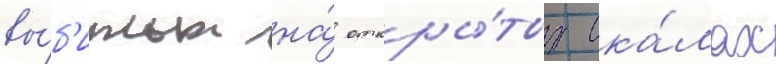
вы́б'итых на́ откры́тых ска́лах